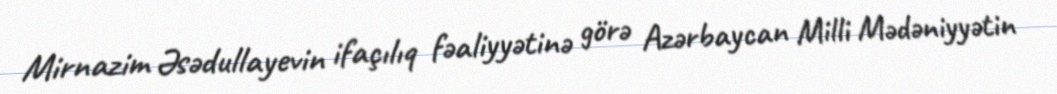
Mirnazim Əsədullayevin ifaçılıq fəaliyyətinə görə Azərbaycan Milli Mədəniyyətin